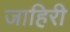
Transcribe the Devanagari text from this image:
जाहिरी